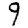
Digit: 9